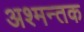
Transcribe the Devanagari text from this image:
अश्मन्तक